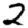
Digit: 2